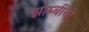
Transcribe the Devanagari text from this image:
झोम्बींची